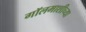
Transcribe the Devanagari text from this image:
गॉलमाशीच्या